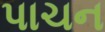
પાચન